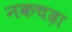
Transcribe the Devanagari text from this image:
नकचढ़ा